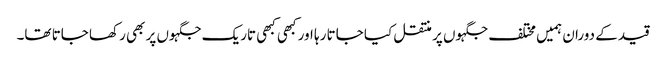
قید کے دوران ہمیں مختلف جگہوں پر منتقل کیا جاتا رہا اور کبھی کبھی تاریک جگہوں پر بھی رکھا جاتا تھا۔